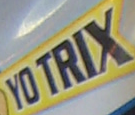
YO TRIX